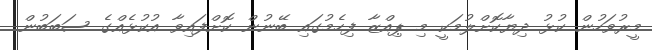
މީރުވަހުން ކުޅު ދިޔާކޮށްލުމަކީ މި ޕިއްޒާ ފިހެމުގައި ބޭނުން ކޮށްފައިވާ އުކުޅެއްގެ ސަބަބުން